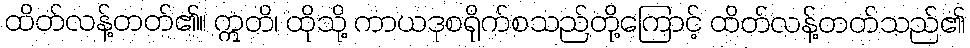
ထိတ်လန့်တတ်၏။ ဣတိ၊ ထိုသို့ ကာယဒုစရိုက်စသည်တို့ကြောင့် ထိတ်လန့်တတ်သည်၏